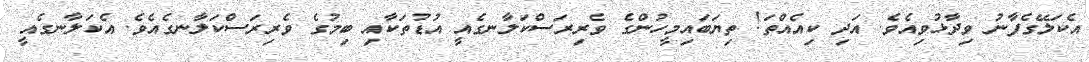
އެކަލޭގެފާނު ވިދާޅުވިއެވެ. އަދި ކިއެއްތަ! ތިޔަބައިމީހުންގެ ވެރިރަސްކަލާނގެއީ އުޑުތަކާއި ބިމުގެ ވެރިރަސްކަލާނގެއެވެ. އެކަލާނގެއީ